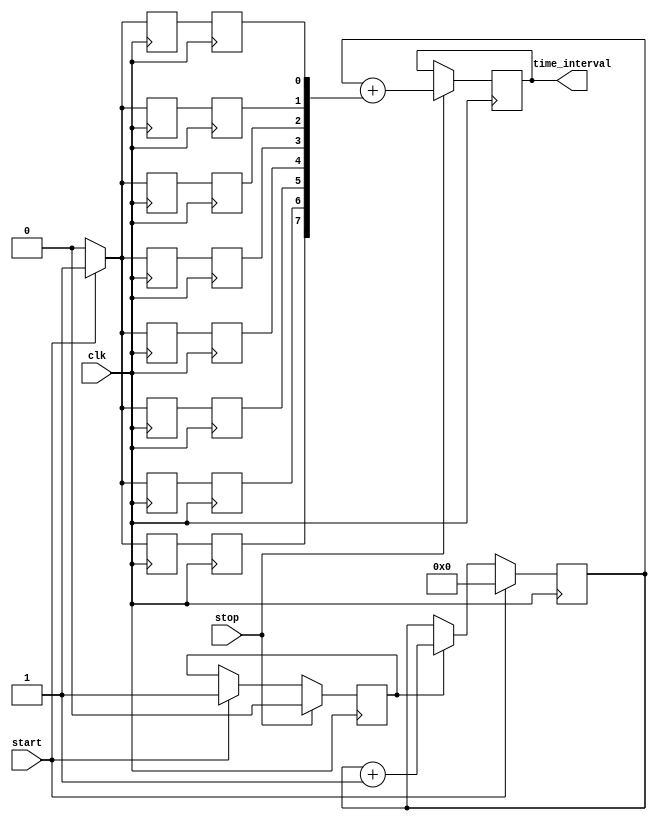
module TDC (
    input wire clk,           // System clock
    input wire start,         // Start event input
    input wire stop,          // Stop event input
    output reg [N-1:0] time_interval // Output time interval
);

parameter N = 12; // Number of bits for time interval
parameter DELAY_LINES = 8; // Number of delay lines
parameter DELAY_INCREMENT = 1; // Delay increment for Vernier lines

reg [N-1:0] counter; // Coarse counter
reg [DELAY_LINES-1:0] vernier_out; // Outputs from Vernier delay lines
reg sampling; // Sampling control signal
reg measuring; // Measuring flag

// Delay line implementation
generate 
    genvar i;
    for (i = 0; i < DELAY_LINES; i = i + 1) begin: delay_line
        // Each delay line introduces a specific delay
        // For simplicity, we use a simple register with a fixed delay
        reg delay_reg;
        always @(posedge clk) begin
            delay_reg <= (start) ? 1'b1 : 1'b0;
            // Introduce delay based on the line index
            if (i > 0) begin
                vernier_out[i] <= delay_reg;
            end else begin
                vernier_out[i] <= delay_reg; // No delay for the first line
            end
        end
    end
endgenerate

// Counter logic
always @(posedge clk) begin
    if (start) begin
        counter <= 0; // Reset counter on start
        measuring <= 1; // Start measuring
    end else if (measuring) begin
        counter <= counter + 1; // Increment counter
    end
    
    if (stop) begin
        measuring <= 0; // Stop measuring
        // Combine counter and Vernier output for time interval
        time_interval <= counter + vernier_out; // Adjust based on your logic
    end
end

endmodule